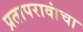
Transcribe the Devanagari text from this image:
प्रतापरावांचा